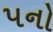
પનો